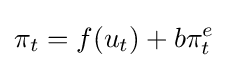
\pi _{t}=f(u_{t})+b\pi _{t}^{e}